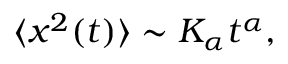
\langle x ^ { 2 } ( t ) \rangle \sim K _ { \alpha } t ^ { \alpha } ,